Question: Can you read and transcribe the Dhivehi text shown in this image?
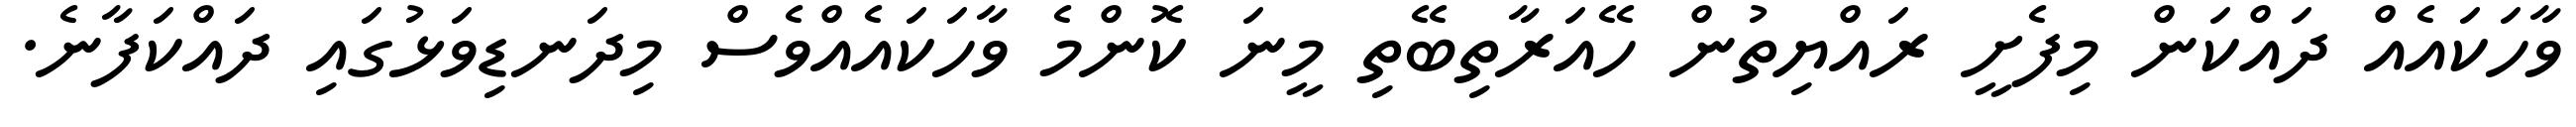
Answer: ވާހަކައެއް ދައްކަން މިފެށީ ރައްޔިތުން ހޭއަރާތިބޭތި މީނަ ކޮންމެ ވާހަކައެއްވެސް މިދަނޑިވަޅުގައި ދައްކަފާނެ.